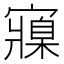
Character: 寱